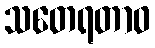
သတေရတာဝ